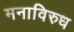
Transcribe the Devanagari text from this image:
मनाविरुध